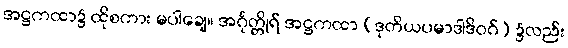
အဋ္ဌကထာ၌ ထိုစကား မပါချေ။ အင်္ဂုတ္တိုရ် အဋ္ဌကထာ (ဒုတိယပမာဒါဒိဝဂ်) ၌လည်း